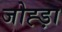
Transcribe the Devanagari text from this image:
जोह्ड़ा